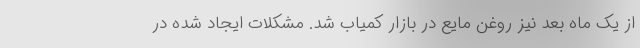
از یک ماه بعد نیز روغن مایع در بازار کمیاب شد. مشکلات ایجاد شده در